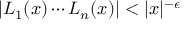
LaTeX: | L _ { 1 } ( x ) \cdots L _ { n } ( x ) | < | x | ^ { - \epsilon }